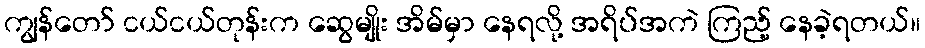
ကျွန်တော် ငယ်ငယ်တုန်းက ဆွေမျိုး အိမ်မှာ နေရလို့ အရိပ်အကဲ ကြည့် နေခဲ့ရတယ်။